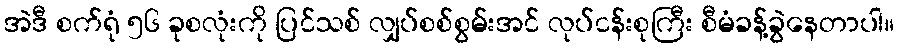
အဲဒီ စက်ရုံ ၅၆ ခုစလုံးကို ပြင်သစ် လျှပ်စစ်စွမ်းအင် လုပ်ငန်းစုကြီး စီမံခန့်ခွဲနေတာပါ။